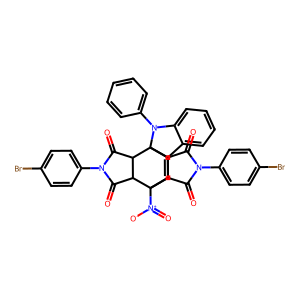
SMILES: O=C1C2C(C(=O)N1c1ccc(Br)cc1)C1([N+](=O)[O-])C=C3c4ccccc4N(c4ccccc4)C32C2C(=O)N(c3ccc(Br)cc3)C(=O)C21
Inhibits HIV replication: No